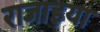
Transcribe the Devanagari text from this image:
राजाइया